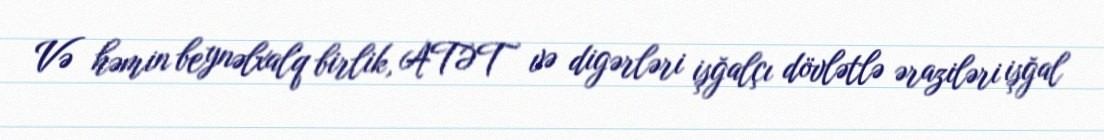
Və həmin beynəlxalq birlik, ATƏT və digərləri işğalçı dövlətlə əraziləri işğal